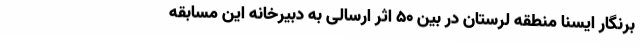
برنگار ایسنا منطقه لرستان در بین 50 اثر ارسالی به دبیرخانه این مسابقه